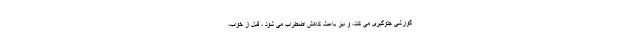
گوارشی جلوگیری می کند، و نیز باعث کاهش اضطراب می شود ، قبل از خواب،